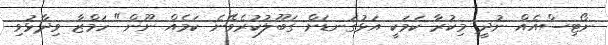
ނޯޓިސްއެއް ނުދީ މިކުރާ ކަމަކީ އަޅުގަނޑަށް ގަބޫލުކުރެވޭނެ ކަމެއް ނޫން" ހަމްޒާ ވިދާޅުވި